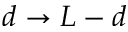
d \to L - d